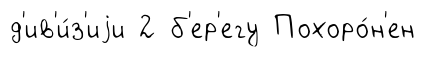
д'ив'и́з'иjи 2 б'ер'егу Похоро́н'ен